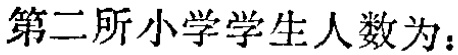
第二所小学学生人数为：